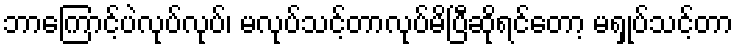
ဘာကြောင့်ပဲလုပ်လုပ်၊ မလုပ်သင့်တာလုပ်မိပြီဆိုရင်တော့ မရှုပ်သင့်တာ